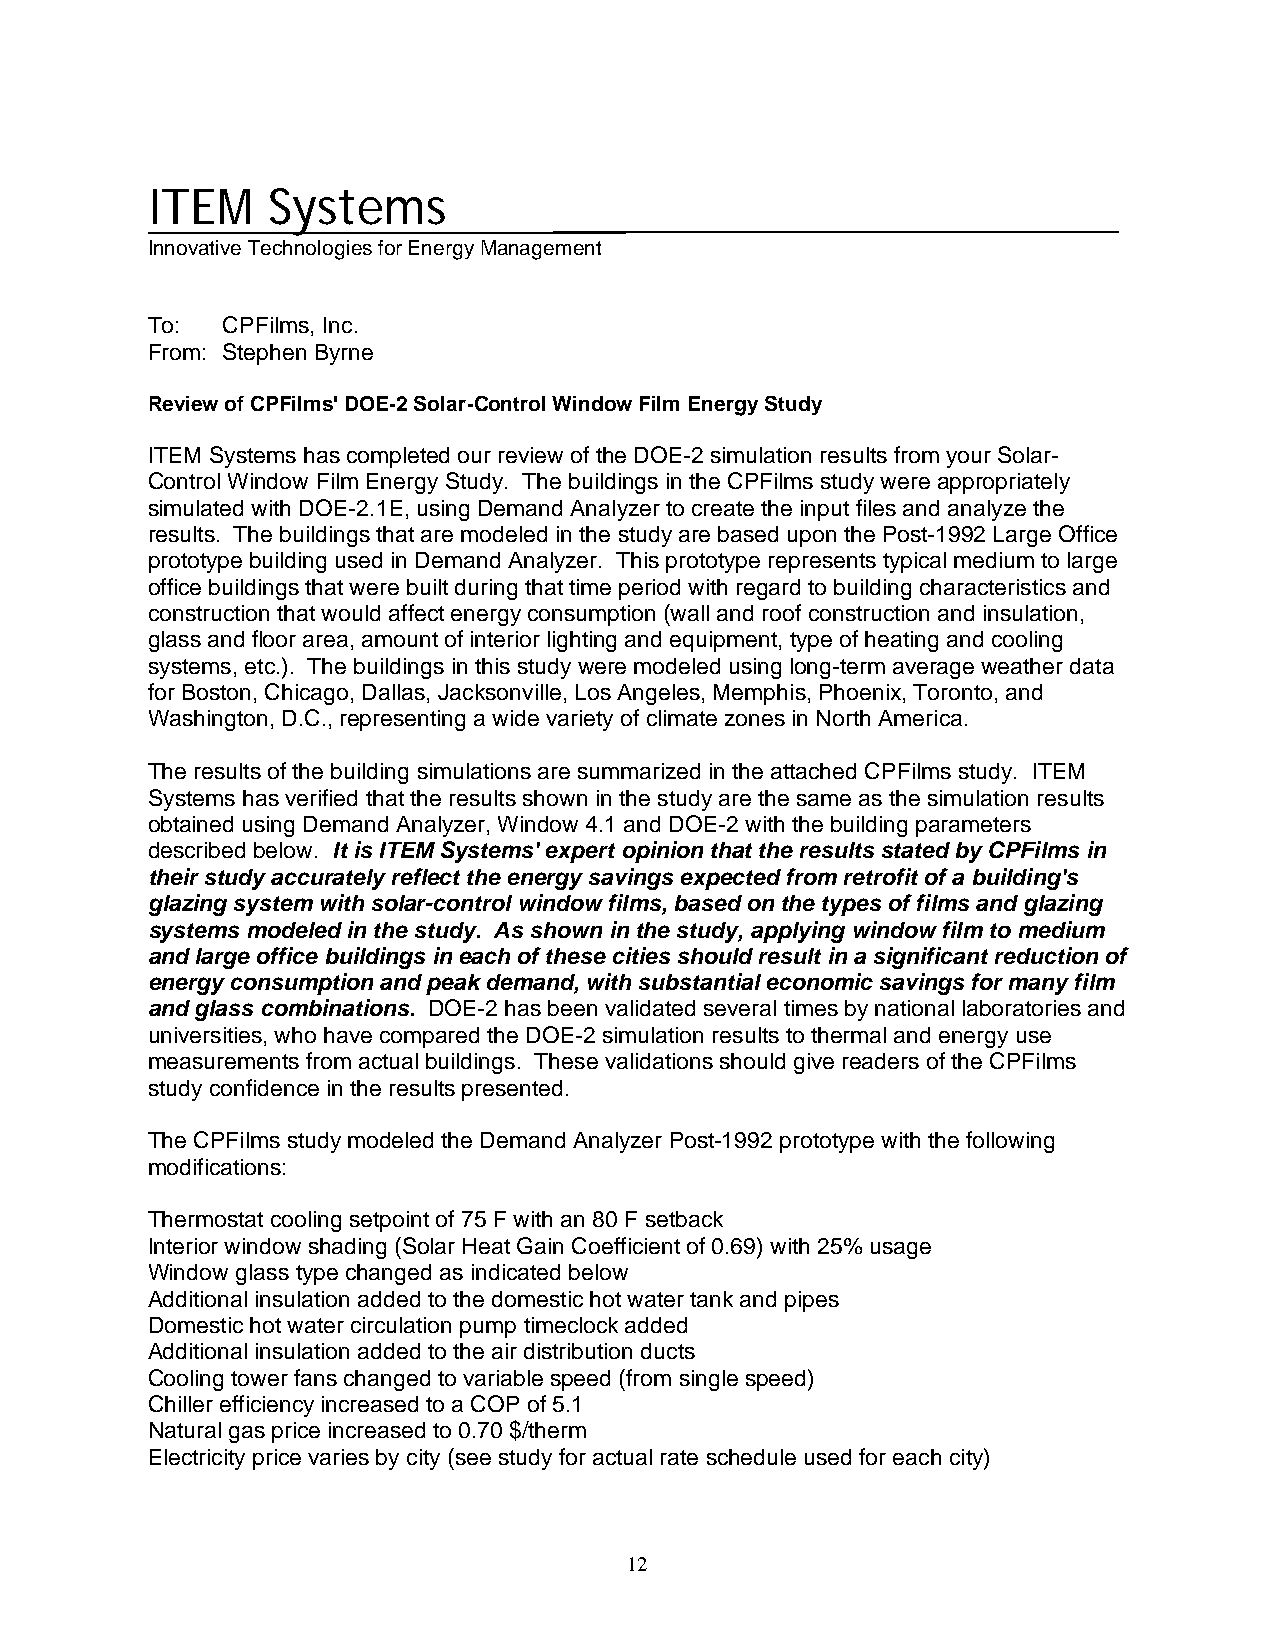
ITEM    Systems
 Innovative Technologies for Energy Management
 To:  CPFilms, Inc.
 From: Stephen Byrne
 Review of CPFilms' DOE-2 Solar-Control Window Film Energy Study
 ITEM Systems has completed our review of the DOE-2 simulation results from your Solar-
 Control Window Film Energy Study. The buildings in the CPFilms study were appropriately
 simulated with DOE-2.1E, using Demand Analyzer to create the input files and analyze the
 results. The buildings that are modeled in the study are based upon the Post-1992 Large Office
 prototype building used in Demand Analyzer. This prototype represents typical medium to large
 office buildings that were built during that time period with regard to building characteristics and
 construction that would affect energy consumption (wall and roof construction and insulation,
 glass and floor area, amount of interior lighting and equipment, type of heating and cooling
 systems, etc.). The buildings in this study were modeled using long-term average weather data
 for Boston, Chicago, Dallas, Jacksonville, Los Angeles, Memphis, Phoenix, Toronto, and
 Washington, D.C., representing a wide variety of climate zones in North America.
 The results of the building simulations are summarized in the attached CPFilms study. ITEM
 Systems has verified that the results shown in the study are the same as the simulation results
 obtained using Demand Analyzer, Window 4.1 and DOE-2 with the building parameters
 described below. It is ITEM Systems' expert opinion that the results stated by CPFilms in
 their study accurately reflect the energy savings expected from retrofit of a building's
 glazing system with solar-control window films, based on the types of films and glazing
 systems modeled in the study. As shown in the study, applying window film to medium
 and large office buildings in each of these cities should result in a significant reduction of
 energy consumption and peak demand, with substantial economic savings for many film
 and glass combinations. DOE-2 has been validated several times by national laboratories and
 universities, who have compared the DOE-2 simulation results to thermal and energy use
 measurements from actual buildings. These validations should give readers of the CPFilms
 study confidence in the results presented.
 The CPFilms study modeled the Demand Analyzer Post-1992 prototype with the following
 modifications:
 Thermostat cooling setpoint of 75 F with an 80 F setback
 Interior window shading (Solar Heat Gain Coefficient of 0.69) with 25% usage
 Window glass type changed as indicated below
 Additional insulation added to the domestic hot water tank and pipes
 Domestic hot water circulation pump timeclock added
 Additional insulation added to the air distribution ducts
 Cooling tower fans changed to variable speed (from single speed)
 Chiller efficiency increased to a COP of 5.1
 Natural gas price increased to 0.70 $/therm
 Electricity price varies by city (see study for actual rate schedule used for each city)
 12